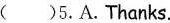
( )5. A. Thanks.